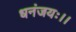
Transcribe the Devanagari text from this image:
धनंजयः।।